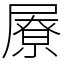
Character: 㞠